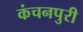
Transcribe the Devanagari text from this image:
कंचनपुरी